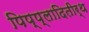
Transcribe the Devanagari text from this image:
पिप्प्लादितीर्थ